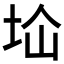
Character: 𱖙